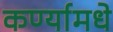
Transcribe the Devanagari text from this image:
कर्ण्यामधे